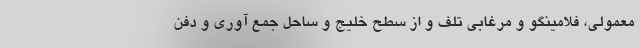
معمولی، فلامینگو و مرغابی تلف و از سطح خلیج و ساحل جمع آوری و دفن